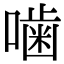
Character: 噛